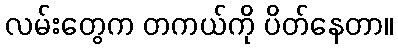
လမ်းတွေက တကယ်ကို ပိတ်နေတာ။